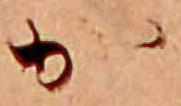
か